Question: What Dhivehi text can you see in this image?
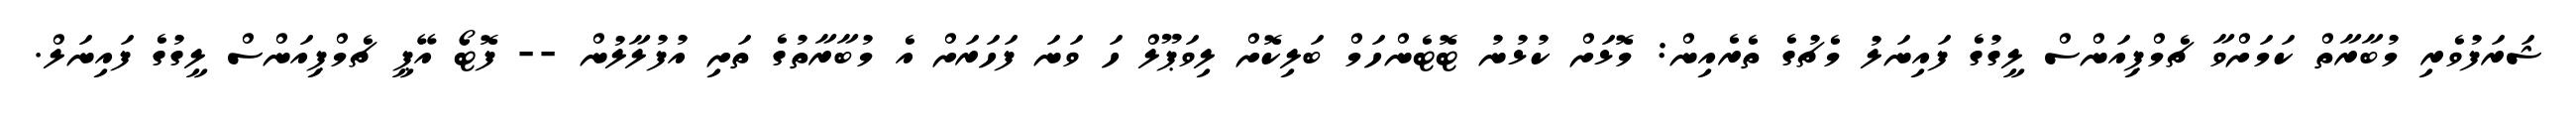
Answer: ޝަރަފުވެރި މުބާރާތް ކަމަށްވާ ޗެމްޕިއަންސް ލީގުގެ ފައިނަލު މެޗުގެ ތެރެއިން: މޮޅަށް ކުޅުނު ޓޮޓެންހަމް ބަލިކޮށް ލިވަޕޫލް ހަ ވަނަ ފަހަރަށް އެ މުބާރާތުގެ ތަށި އުފުލާލުން -- ފޮޓޯ އޭޕީ ޗެމްޕިއަންސް ލީގުގެ ފައިނަލް.